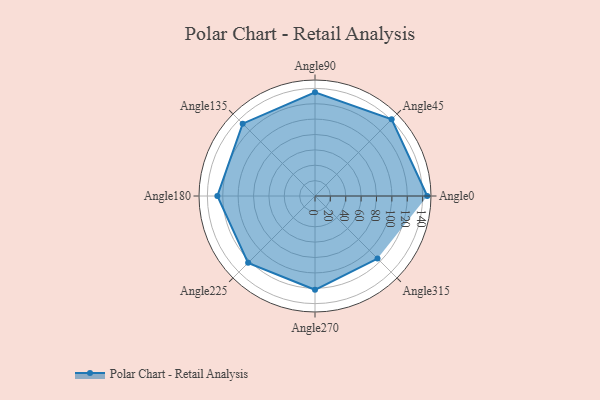
{"axis": {"x": "Angle", "y": "Radius"}, "legend": [""], "data": [{"x": "Angle0", "y": 146.0, "type": ""}, {"x": "Angle45", "y": 141.0, "type": ""}, {"x": "Angle90", "y": 135.0, "type": ""}, {"x": "Angle135", "y": 133.0, "type": ""}, {"x": "Angle180", "y": 127.0, "type": ""}, {"x": "Angle225", "y": 123.0, "type": ""}, {"x": "Angle270", "y": 122.0, "type": ""}, {"x": "Angle315", "y": 115.0, "type": ""}]}